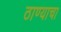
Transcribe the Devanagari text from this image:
ठाण्याचा